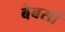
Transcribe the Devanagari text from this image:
बेबसों